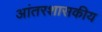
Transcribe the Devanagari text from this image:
आंतरशासकीय